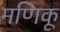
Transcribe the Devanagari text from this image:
मणिकू